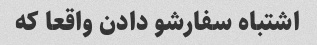
اشتباه سفارشو دادن واقعا که